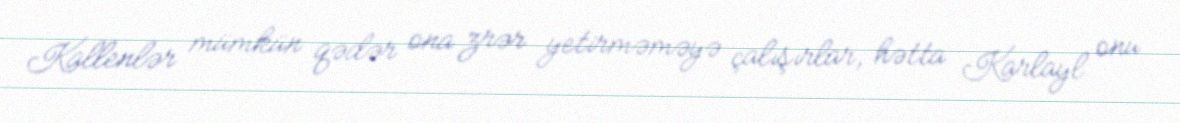
Kallenlər mümkün qədər ona zrər yetirməməyə çalışırlar, hətta Karlayl onu